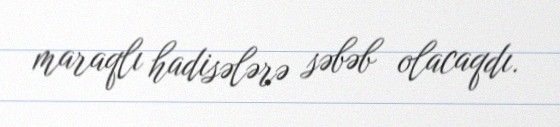
maraqlı hadisələrə səbəb olacaqdı.